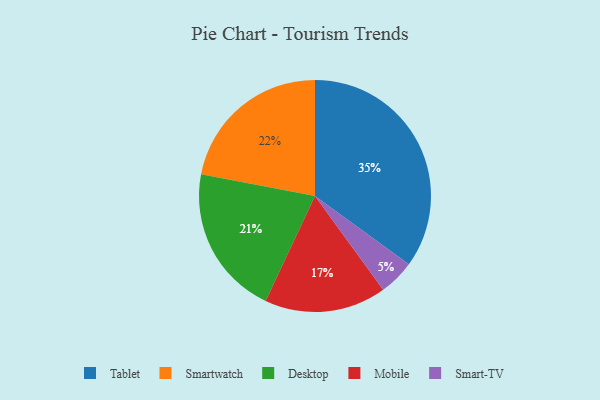
{"axis": {"x": "Category", "y": "Percentage"}, "legend": ["Desktop", "Mobile", "Smart-TV", "Smartwatch", "Tablet"], "data": [{"x": "Tablet", "y": 35, "type": "Tablet"}, {"x": "Smartwatch", "y": 22, "type": "Smartwatch"}, {"x": "Mobile", "y": 17, "type": "Mobile"}, {"x": "Desktop", "y": 21, "type": "Desktop"}, {"x": "Smart-TV", "y": 5, "type": "Smart-TV"}]}